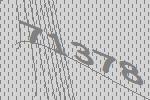
71378